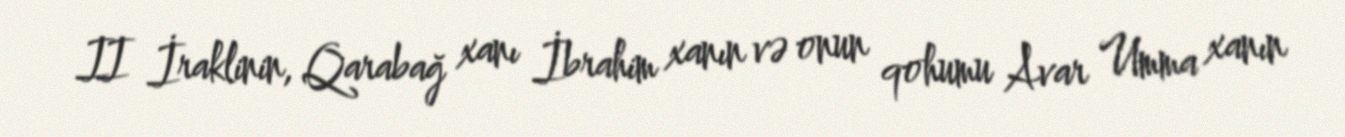
II İraklinin, Qarabağ xanı İbrahim xanın və onun qohumu Avar Umma xanın